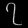
Digit: ၇